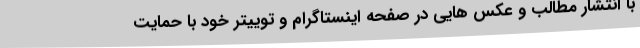
با انتشار مطالب و عکس هایی در صفحه اینستاگرام و توییتر خود با حمایت